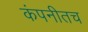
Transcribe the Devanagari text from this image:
कंपनीतच